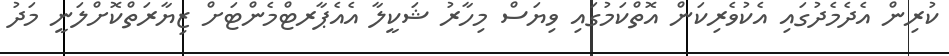
ކުރިން އެދެމެދުގައި އެކުވެރިކަން އޮތްކަމުގައި ވިޔަސް މިހާރު ޝަކީލާ އެއެޕާރޓްމެންޓަށް ޒިޔާރަތްކޮށްލަނީ މަދު